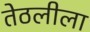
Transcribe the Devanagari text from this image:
तेठलीला